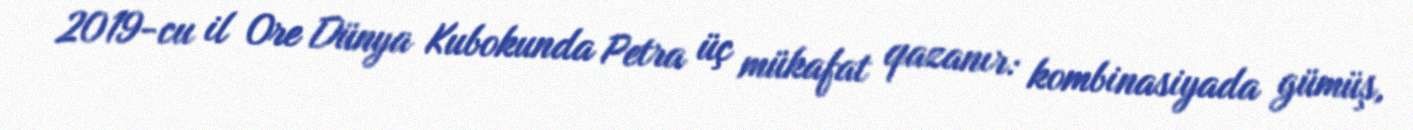
2019-cu il Ore Dünya Kubokunda Petra üç mükafat qazanır: kombinasiyada gümüş,